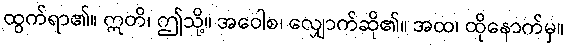
ထွက်ရာ၏။ ဣတိ၊ ဤသို့။ အဝေါစ၊ လျှောက်ဆို၏။ အထ၊ ထိုနောက်မှ။